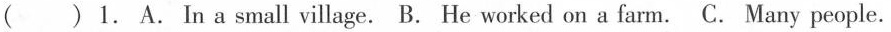
() 1. A. In a small village. B. He worked on a farm. C. Many people.